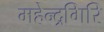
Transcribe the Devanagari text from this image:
महेन्द्रगिरि